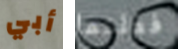
أبي فعلتما